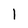
Character: 1